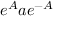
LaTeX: e ^ { A } a e ^ { - A }